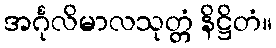
အင်္ဂုလိမာလသုတ္တံ နိဋ္ဌိတံ။